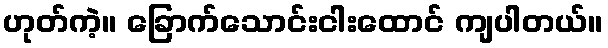
ဟုတ်ကဲ့။ ခြောက်သောင်းငါးထောင် ကျပါတယ်။